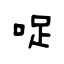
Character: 哫